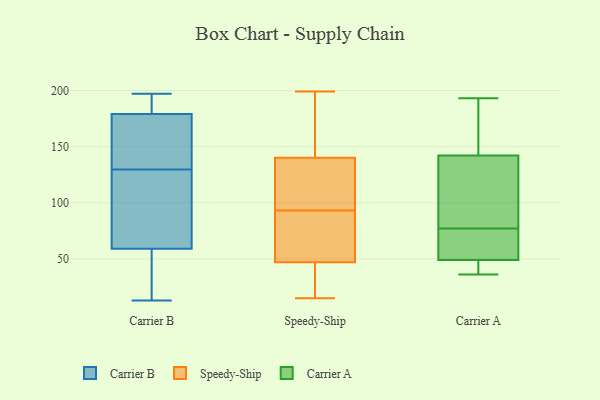
{"axis": {"x": "Churn Rate (%)", "y": "Value"}, "legend": ["Carrier A", "Carrier B", "Speedy-Ship"], "data": [{"x": "", "y": 179, "type": "Carrier B"}, {"x": "", "y": 27, "type": "Carrier B"}, {"x": "", "y": 115, "type": "Carrier B"}, {"x": "", "y": 126, "type": "Carrier B"}, {"x": "", "y": 197, "type": "Carrier B"}, {"x": "", "y": 13, "type": "Carrier B"}, {"x": "", "y": 133, "type": "Carrier B"}, {"x": "", "y": 172, "type": "Carrier B"}, {"x": "", "y": 195, "type": "Carrier B"}, {"x": "", "y": 59, "type": "Carrier B"}, {"x": "", "y": 21, "type": "Speedy-Ship"}, {"x": "", "y": 115, "type": "Speedy-Ship"}, {"x": "", "y": 199, "type": "Speedy-Ship"}, {"x": "", "y": 15, "type": "Speedy-Ship"}, {"x": "", "y": 79, "type": "Speedy-Ship"}, {"x": "", "y": 67, "type": "Speedy-Ship"}, {"x": "", "y": 107, "type": "Speedy-Ship"}, {"x": "", "y": 198, "type": "Speedy-Ship"}, {"x": "", "y": 44, "type": "Speedy-Ship"}, {"x": "", "y": 127, "type": "Speedy-Ship"}, {"x": "", "y": 153, "type": "Speedy-Ship"}, {"x": "", "y": 50, "type": "Speedy-Ship"}, {"x": "", "y": 184, "type": "Carrier A"}, {"x": "", "y": 36, "type": "Carrier A"}, {"x": "", "y": 51, "type": "Carrier A"}, {"x": "", "y": 49, "type": "Carrier A"}, {"x": "", "y": 142, "type": "Carrier A"}, {"x": "", "y": 135, "type": "Carrier A"}, {"x": "", "y": 69, "type": "Carrier A"}, {"x": "", "y": 193, "type": "Carrier A"}, {"x": "", "y": 45, "type": "Carrier A"}, {"x": "", "y": 85, "type": "Carrier A"}]}